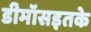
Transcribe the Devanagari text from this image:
डीमॉसइतके